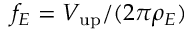
f _ { E } = V _ { \mathrm { u p } } / ( 2 \pi \rho _ { E } )